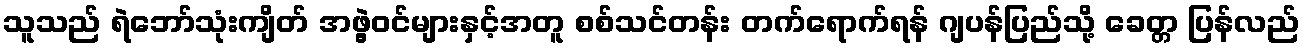
သူသည် ရဲဘော်သုံးကျိတ် အဖွဲ့ဝင်များနှင့်အတူ စစ်သင်တန်း တက်ရောက်ရန် ဂျပန်ပြည်သို့ ခေတ္တ ပြန်လည်